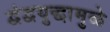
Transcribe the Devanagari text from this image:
द्वंद्वयुद्धामुळे